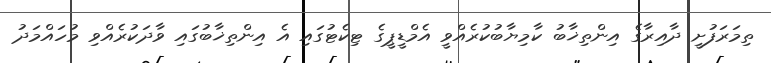
ތިމަރަފުށީ ދާއިރާގެ އިންތިޚާބު ކާމިޔާބުކުރެއްވީ އެމްޑީޕީގެ ޓިކެޓުގައި އެ އިންތިޚާބުގައި ވާދަކުރެއްވި މުހައްމަދު